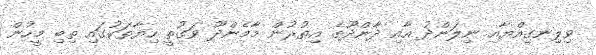
ވިލިނގިއްޔާއި ނިލަންދު އާއި ދާންދޫގެ އިތުރުން މާމެންދޫ ވަގުތީ ހިޔާތަކުގައި ތިބި މީހުން